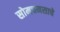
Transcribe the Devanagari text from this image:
सोमचमसाचे